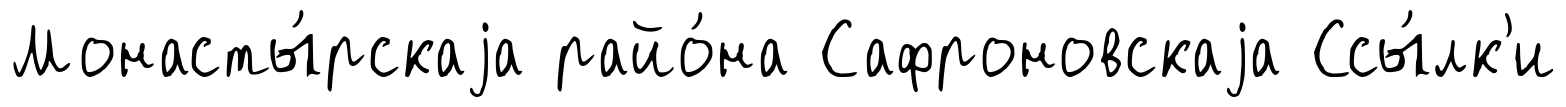
Монасты́рскаjа райо́на Сафроновскаjа Ссы́лк'и